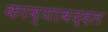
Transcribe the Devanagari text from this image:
काव्याबद्दल